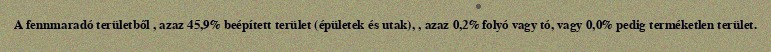
A fennmaradó területből , azaz 45,9% beépített terület (épületek és utak), , azaz 0,2% folyó vagy tó, vagy 0,0% pedig terméketlen terület.